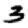
Digit: 3